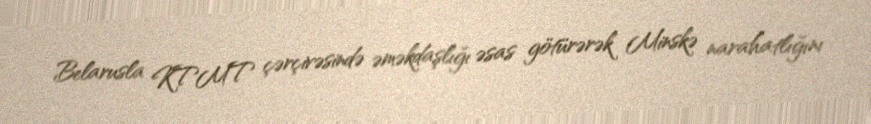
Belarusla KTMT çərçivəsində əməkdaşlığı əsas götürərək Minskə narahatlığını